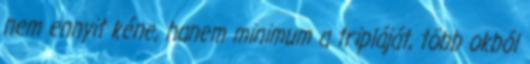
nem ennyit kéne, hanem minimum a tripláját, több okból